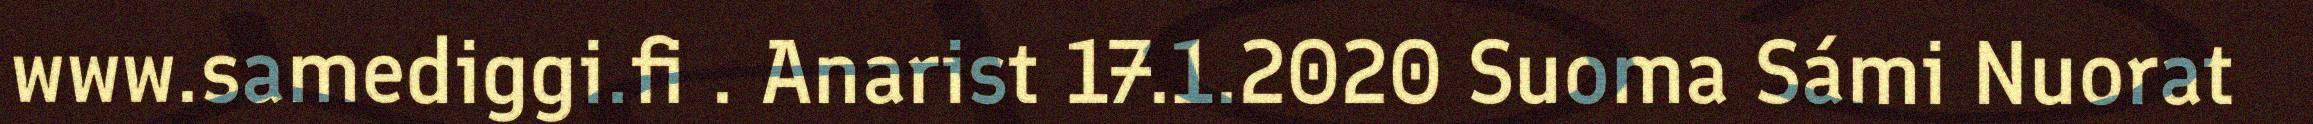
www.samediggi.fi . Anarist 17.1.2020 Suoma Sámi Nuorat